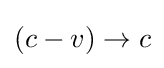
\left(c-v\right)\rightarrow c